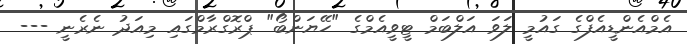
އެމްއެންޑީއެފްގެ ގައުމީ ލަވަ އަލްބަމް ޓީވީއެމްގެ "ހޭޔަންބޯ" ޕްރޮގްރާމްގައި މިއަދު ނެރެނީ ---